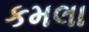
કમલા